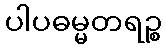
ပါပဓမ္မတရဉ္စ